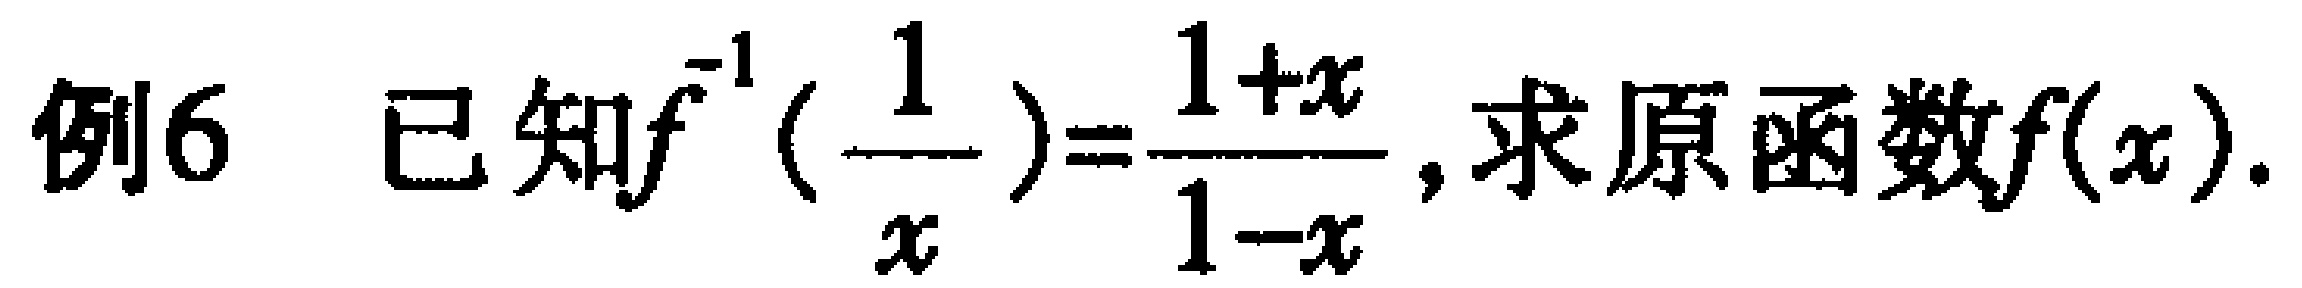
例6 已知$f^{-1}(\frac{1}{x})=\frac{1 + x}{1 - x}$, 求原函数$f(x)$.